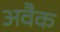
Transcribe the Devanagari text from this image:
अवैक